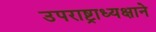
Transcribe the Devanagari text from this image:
उपराष्ट्राध्यक्षाने